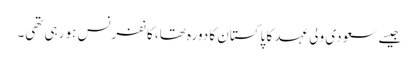
جیسے سعودی ولی عہد کا پاکستان کا دورہ تھا، کانفرنس ہو رہی تھی۔